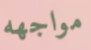
مواجهه